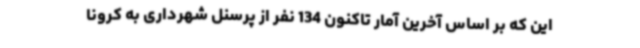
این که بر اساس آخرین آمار تاکنون 134 نفر از پرسنل شهرداری به کرونا